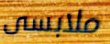
ملابسى